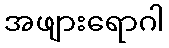
အဖျားရောဂါ